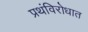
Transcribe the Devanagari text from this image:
प्रथंविरोधात